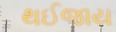
થઈજાય